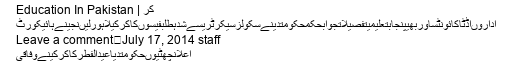
کر | Education In Pakistan
اداروںاڈٹاکائونٹساوربھیپنجابتعلیمیتفصیلاتجوابحکمحکومتدینےسکولزسیکرٹریسےشدہطلبفیسوںکاکرکیلاہورلیںنجینےہائیکورٹ
July 17, 2014 staff	Leave a comment
اعلانچھٹیوںحکومتدیاعیدالفطرکاکرکینےوفاقی